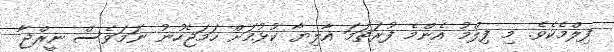
ފިލްމެކެވެ. މި ފިލްމު އެންމެ ފުރަތަމަ އާލިޔާ ކުޅުމަށް ހަމަޖެހުނު ނަމަވެސް ނީރްޖާ